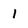
Character: l